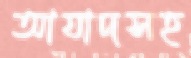
আযাদসহ